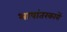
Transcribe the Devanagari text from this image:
भाषांतरकारों